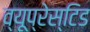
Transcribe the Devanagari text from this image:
व्यूप्रेस्टिड